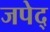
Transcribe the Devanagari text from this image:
जपेद्